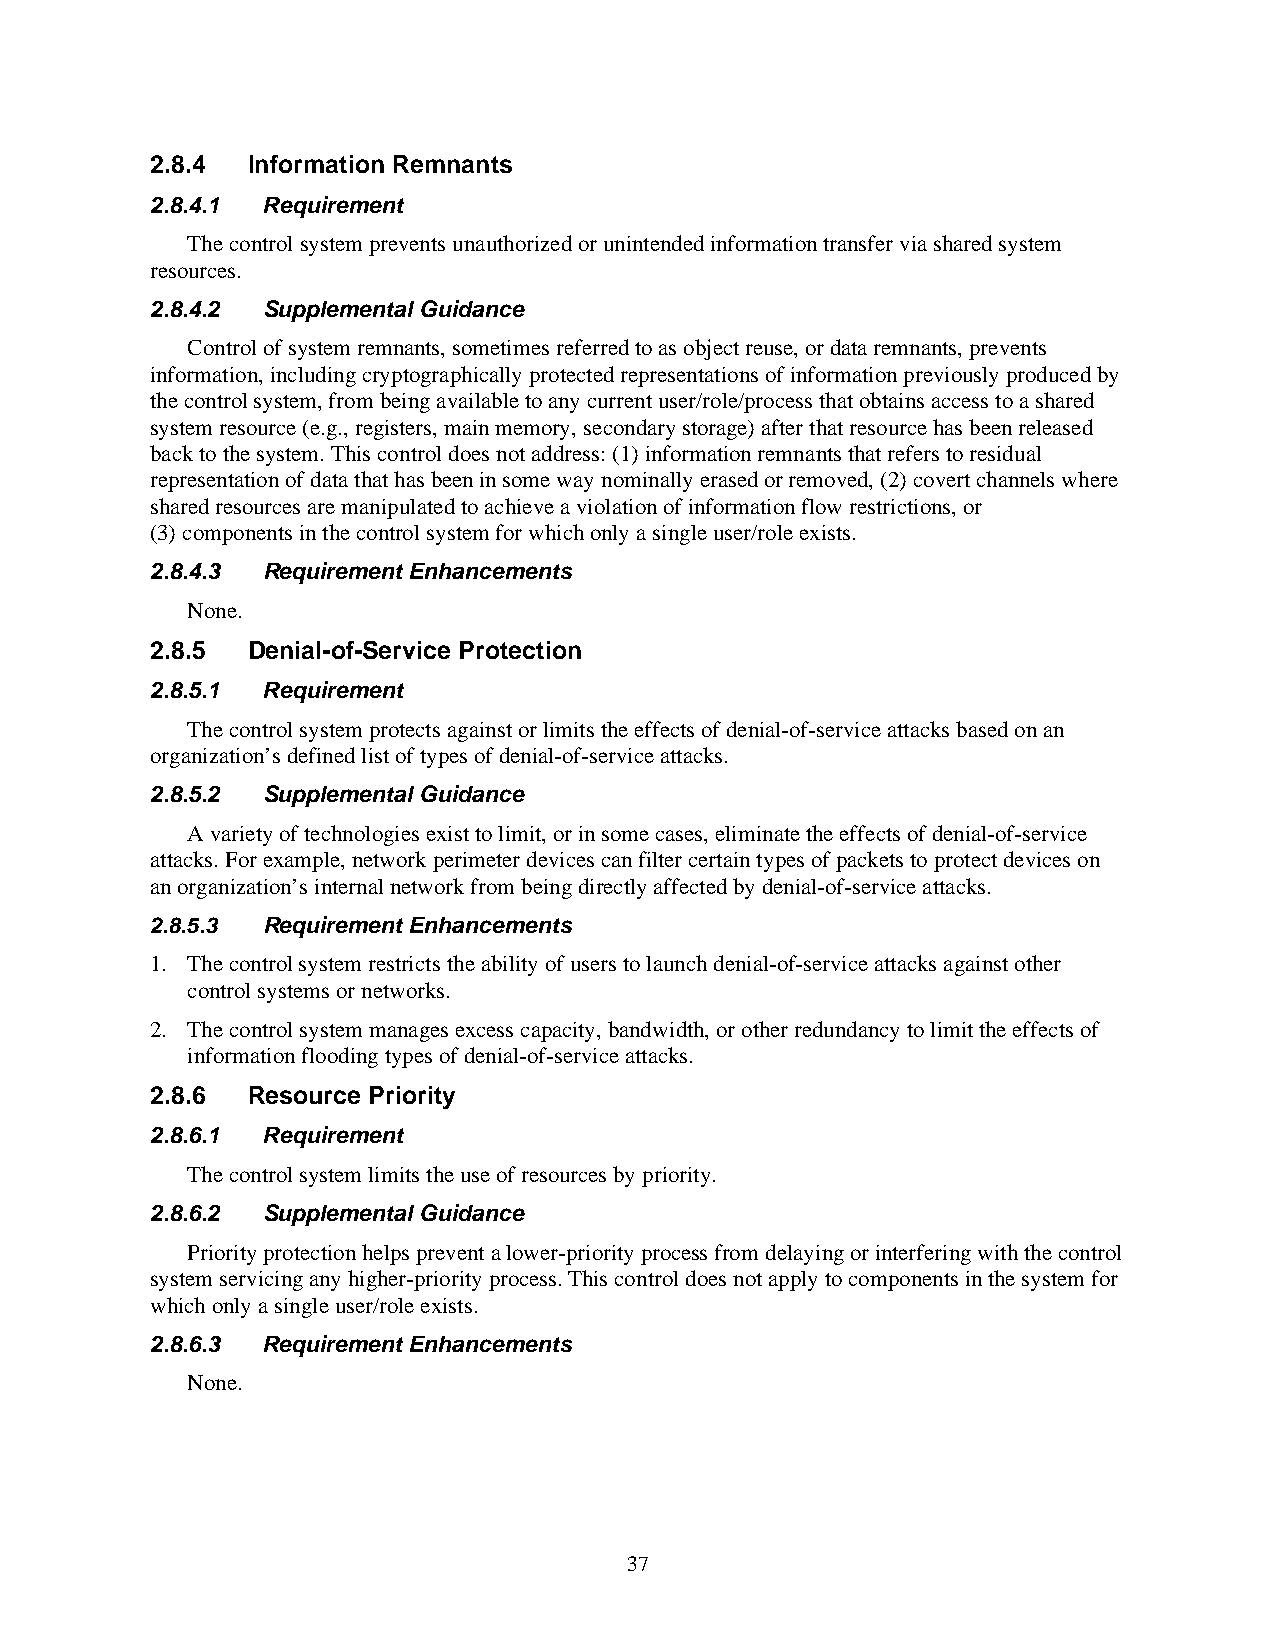
2.8.4 Information Remnants
 2.8.4.1 Requirement
 The control system prevents unauthorized or unintended information transfer via shared system
 resources.
 2.8.4.2 Supplemental Guidance
 Control of system remnants, sometimes referred to as object reuse, or data remnants, prevents
 information, including cryptographically protected representations of information previously produced by
 the control system, from being available to any current user/role/process that obtains access to a shared
 system resource (e.g., registers, main memory, secondary storage) after that resource has been released
 back to the system. This control does not address: (1) information remnants that refers to residual
 representation of data that has been in some way nominally erased or removed, (2) covert channels where
 shared resources are manipulated to achieve a violation of information flow restrictions, or
 (3) components in the control system for which only a single user/role exists.
 2.8.4.3 Requirement Enhancements
 None.
 2.8.5 Denial-of-Service Protection
 2.8.5.1 Requirement
 The control system protects against or limits the effects of denial-of-service attacks based on an
 organization’s defined list of types of denial-of-service attacks.
 2.8.5.2 Supplemental Guidance
 A variety of technologies exist to limit, or in some cases, eliminate the effects of denial-of-service
 attacks. For example, network perimeter devices can filter certain types of packets to protect devices on
 an organization’s internal network from being directly affected by denial-of-service attacks.
 2.8.5.3 Requirement Enhancements
 1. The control system restricts the ability of users to launch denial-of-service attacks against other
 control systems or networks.
 2. The control system manages excess capacity, bandwidth, or other redundancy to limit the effects of
 information flooding types of denial-of-service attacks.
 2.8.6 Resource Priority
 2.8.6.1 Requirement
 The control system limits the use of resources by priority.
 2.8.6.2 Supplemental Guidance
 Priority protection helps prevent a lower-priority process from delaying or interfering with the control
 system servicing any higher-priority process. This control does not apply to components in the system for
 which only a single user/role exists.
 2.8.6.3 Requirement Enhancements
 None.
 37